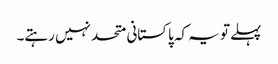
پہلے تو یہ کہ پاکستانی متحد نہیں رہتے۔